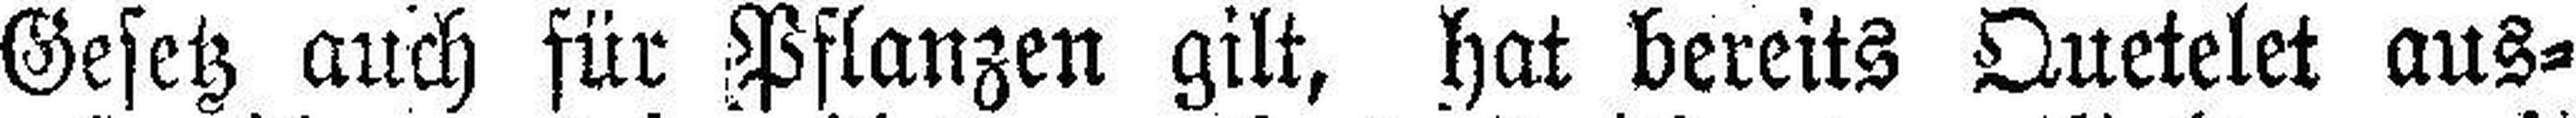
Gesetz auch für Pflanzen gilt, hat bereits Quetelet aus¬